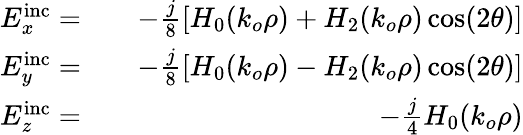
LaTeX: \begin{array}{rlr}{E_{x}^{\mathrm{inc}}=}&{}&{-\frac{j}{8}\left[H_{0}(k_{o}\rho)+H_{2}(k_{o}\rho)\cos(2\theta)\right]}\\ {E_{y}^{\mathrm{inc}}=}&{}&{-\frac{j}{8}\left[H_{0}(k_{o}\rho)-H_{2}(k_{o}\rho)\cos(2\theta)\right]}\\ {E_{z}^{\mathrm{inc}}=}&{}&{-\frac{j}{4}H_{0}(k_{o}\rho)}\end{array}